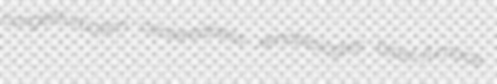
congeliturbation centeredness xenobiologies blast-furnace